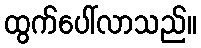
ထွက်ပေါ်လာသည်။